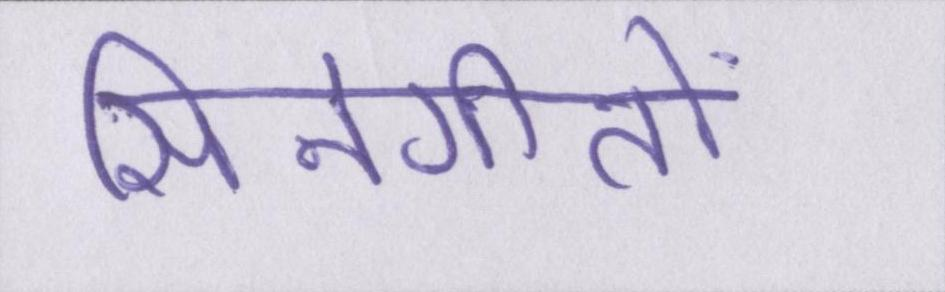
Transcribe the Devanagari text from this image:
सिनेगीतों